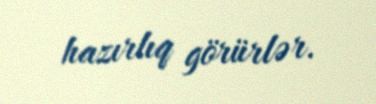
hazırlıq görürlər.